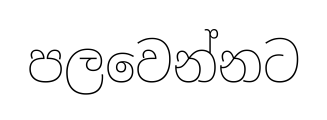
පලවෙන්නට